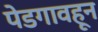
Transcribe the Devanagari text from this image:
पेडगावहून